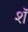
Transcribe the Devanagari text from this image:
शॅ